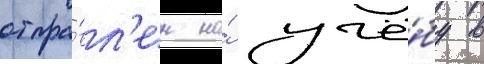
отпра́вл'ен на́ учё́бу в